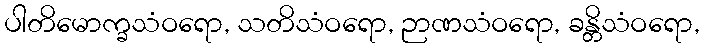
ပါတိမောက္ခသံဝရော, သတိသံဝရော, ဉာဏသံဝရော, ခန္တိသံဝရော,